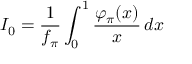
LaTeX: I _ { 0 } = \frac 1 { f _ { \pi } } \int _ { 0 } ^ { 1 } \frac { \varphi _ { \pi } ( x ) } { x } \, d x